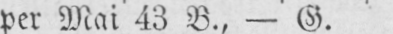
per Mai 43 B., - G.